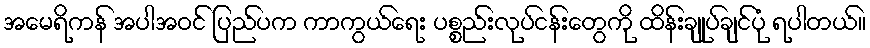
အမေရိကန် အပါအဝင် ပြည်ပက ကာကွယ်ရေး ပစ္စည်းလုပ်ငန်းတွေကို ထိန်းချုပ်ချင်ပုံ ရပါတယ်။